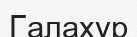
Галахур